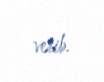
verib.